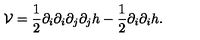
\mathcal { V } = \frac { 1 } { 2 } \partial _ { i } \partial _ { i } \partial _ { j } \partial _ { j } h - \frac { 1 } { 2 } \partial _ { i } \partial _ { i } h .